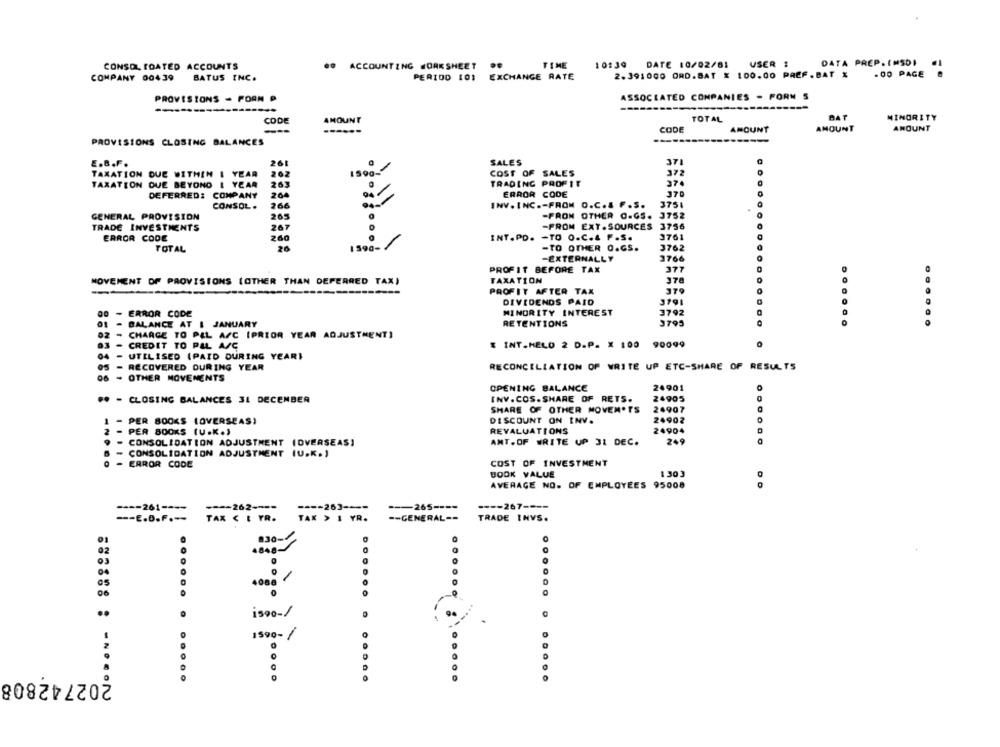
CONSOLIDATED ACCOUNTS
..
ACCOUNT ING WORK SHEET
TIME
10:39 DATE 10/02/61
USER :
DATA PREP. IMSDI
2.391000 ORD.BAT × 100.00 PREF. BAT %
. 00 PAGE
COMPANY 00439
BATUS INC.
PERIOD LOS
EXCHANGE RATE
PROVISIONS - PORN P
ASSOCIATED COMPANIES - FORM S
------
CODE
AMOUNT
TOTAL
BAT
MINORITY
AMOUNT
AMOUNT
AMOUNT
---
CODE
PROVISIONS CLOSING BALANCES
E.B.F.
261
SALES
371
202
COST OF SALES
372
TAXATION DUE WITHIN I YEAR
1590-
TAXATION DUE BEYOND 1 YEAR
263
TRADING PROFIT
374
DEFERRED:
COMPANY
204
ERROR CODE
370
CONSOL .
266
INV. INC .- FROM O.C.& F .S.
3751
GENERAL PROVISION
265
-PRON OTHER O.GS. 3752
-FROM EXT. SOURCES
3756
TRADE INVESTMENTS
267
ERROR CODE
260
INT.PD. - TO O.C.4 F.S.
3761
-TO OTHER O.GS.
3762
TOTAL
26
1590-
-EXTERNALLY
3766
PROFIT BEFORE TAX
377
MOVEMENT OF PROVISIONS (OTHER THAN DEFERRED TAX)
TAXATION
378
-
---
PROFIT AFTER TAX
379
DIVIDENDS PAID
3791
- ERROR CODE
MINORITY INTEREST
3792
RETENTIONS
3795
01 - BALANCE AT I JANUARY
......
......
02 - CHARGE TO PEL A/C IPRIOR YEAR ADJUSTMENT)
$ INT.HELO 2 D.P. X 100 90099
CREDIT TO PAL A/C
04 - UTILISED (PAID DURING YEARI
05 - RECOVERED DURING YEAR
RECONCILIATION OF WRITE UP ETC-SHARE OF RESULTS
06 - OTHER MOVEMENTS
OPENING BALANCE
24901
** - CLOSING BALANCES 31 DECEMBER
INV.COS.SHARE OF RETS.
24905
SHARE OF OTHER MOVEN.TS
24907
24902
- PER BOOKS LOVERSEAS)
DISCOUNT ON INV.
PER 800KS (U.K.)
REVALUATIONS
24904
209
CONSOLIDATION ADJUSTMENT (OVERSEAS)
AMT.OF WRITE UP 31 DEC.
CONSOLIDATION ADJUSTMENT (U.K.)
- ERROR CODE
COST OF INVESTMENT
BOOK VALUE
1 303
AVERAGE NO. OF EMPLOYEES 95008
-- 261 ----
---- 262 ----
---- 263 --
--- 265 ----
---- 267 ----
--- E.D.F .--
TAX CE TR.
TAX > 1 YR.
-- GENERAL --
TRADE INVS.
830-1
03
05
......
......
..
isso-/
1590- 1
202742808
.... .